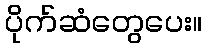
ပိုက်ဆံတွေပေး။